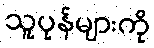
သူပုန်များကို